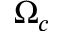
\Omega _ { c }